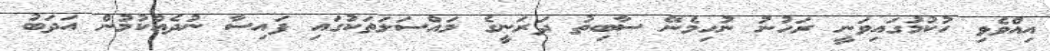
އިއްވެވި ހުކުމުގައިވަނީ ރަހުނު ނުހިމެނޭ ސާބިތު ދަރަނީގެ މައްސަލަތަކުގައި ފައިސާ ނުދެއްކުމުން އަދަބު